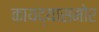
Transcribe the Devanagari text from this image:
कायद्यासमोर